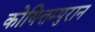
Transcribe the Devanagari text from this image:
कोयित्तम्पुरान